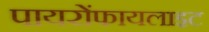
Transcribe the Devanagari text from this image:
पायरोंफायलाइट